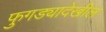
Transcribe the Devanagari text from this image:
फुगड्यादेखील